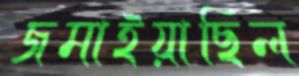
জমাইয়াছিল